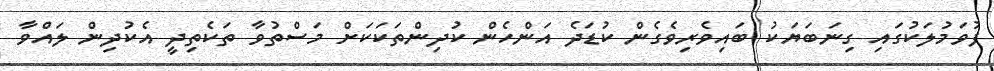
ފުވަމުލަކުގައި ގިނަބަޔަކު ބައިވެރިވެގެން ކުޑަދެ އަންހެން ކުދިންތަކަކަށް މަސްތުވާ ތަކެތިދީ އެކުދިން ލައްވާ